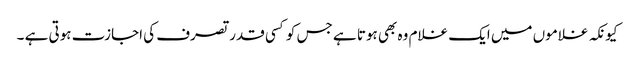
کیونکہ غلاموں میں ایک غلام وہ بھی ہوتا ہے جس کو کسی قدر تصرف کی اجازت ہوتی ہے ۔